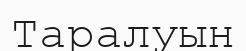
Таралуын